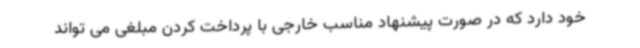
خود دارد که در صورت پیشنهاد مناسب خارجی با پرداخت کردن مبلغی می تواند